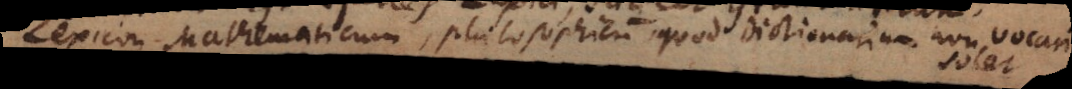
Lexicon Mathematicum, philosophicum, quod Dictionarium non vocari